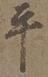
平